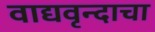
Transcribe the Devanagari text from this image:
वाद्यवृन्दाचा